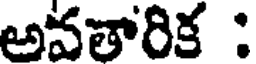
అవతారిక :